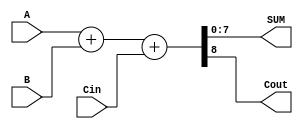
module binary_adder (A,B,Cin,SUM,Cout);
  input [7:0] A,B;
  input Cin;
  output [7:0] SUM;
  output Cout;
    assign {Cout,SUM} = A + B + Cin;
endmodule